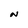
Character: N